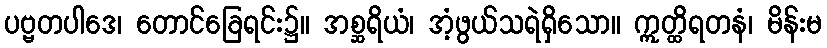
ပဗ္ဗတပါဒေ၊ တောင်ခြေရင်း၌။ အစ္ဆရိယံ၊ အံ့ဖွယ်သရဲရှိသော။ ဣတ္ထိရတနံ၊ မိန်းမ